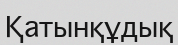
Қатынқұдық